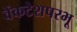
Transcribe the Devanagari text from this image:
वेंकटेशपरभू